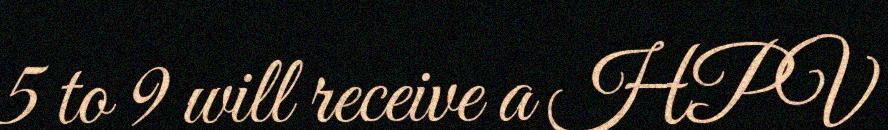
5 to 9 will receive a HPV